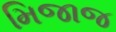
મિજાજ